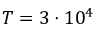
T = 3 \cdot 1 0 ^ { 4 }